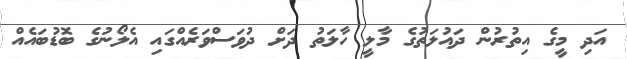
އަދި މީގެ އިތުރުން ދައުލަތުގެ މާލީ ހާލަތު ދަށް ދުވަސްވަރެއްގައި އެލޯނުގެ ބޮޑުބައެއް